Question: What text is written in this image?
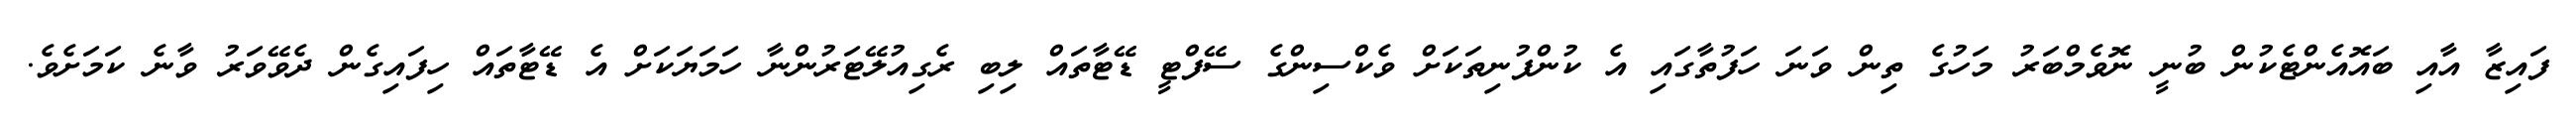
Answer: ފައިޒާ އާއި ބައޮއެންޓެކުން ބުނީ ނޮވެމްބަރު މަހުގެ ތިން ވަނަ ހަފުތާގައި އެ ކުންފުނިތަކަށް ވެކްސިންގެ ސޭފްޓީ ޑޭޓާތައް ލިބި ރެގިއުލޭޓަރުންނާ ހަމަޔަކަށް އެ ޑޭޓާތައް ހިފައިގެން ދެވޭވަރު ވާނެ ކަމަށެވެ.